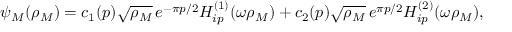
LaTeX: \psi _ { M } ( \rho _ { M } ) = c _ { 1 } ( p ) \sqrt { \rho _ { M } } \, e ^ { - \pi p / 2 } H _ { i p } ^ { ( 1 ) } ( \omega \rho _ { M } ) + c _ { 2 } ( p ) \sqrt { \rho _ { M } } \, e ^ { \pi p / 2 } H _ { i p } ^ { ( 2 ) } ( \omega \rho _ { M } ) ,